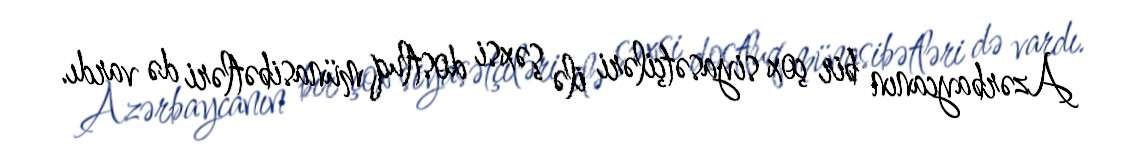
Azərbaycanın bir çox siyasətçiləri ilə şəxsi dostluq münasibətləri də vardı.